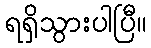
ရရှိသွားပါပြီ။